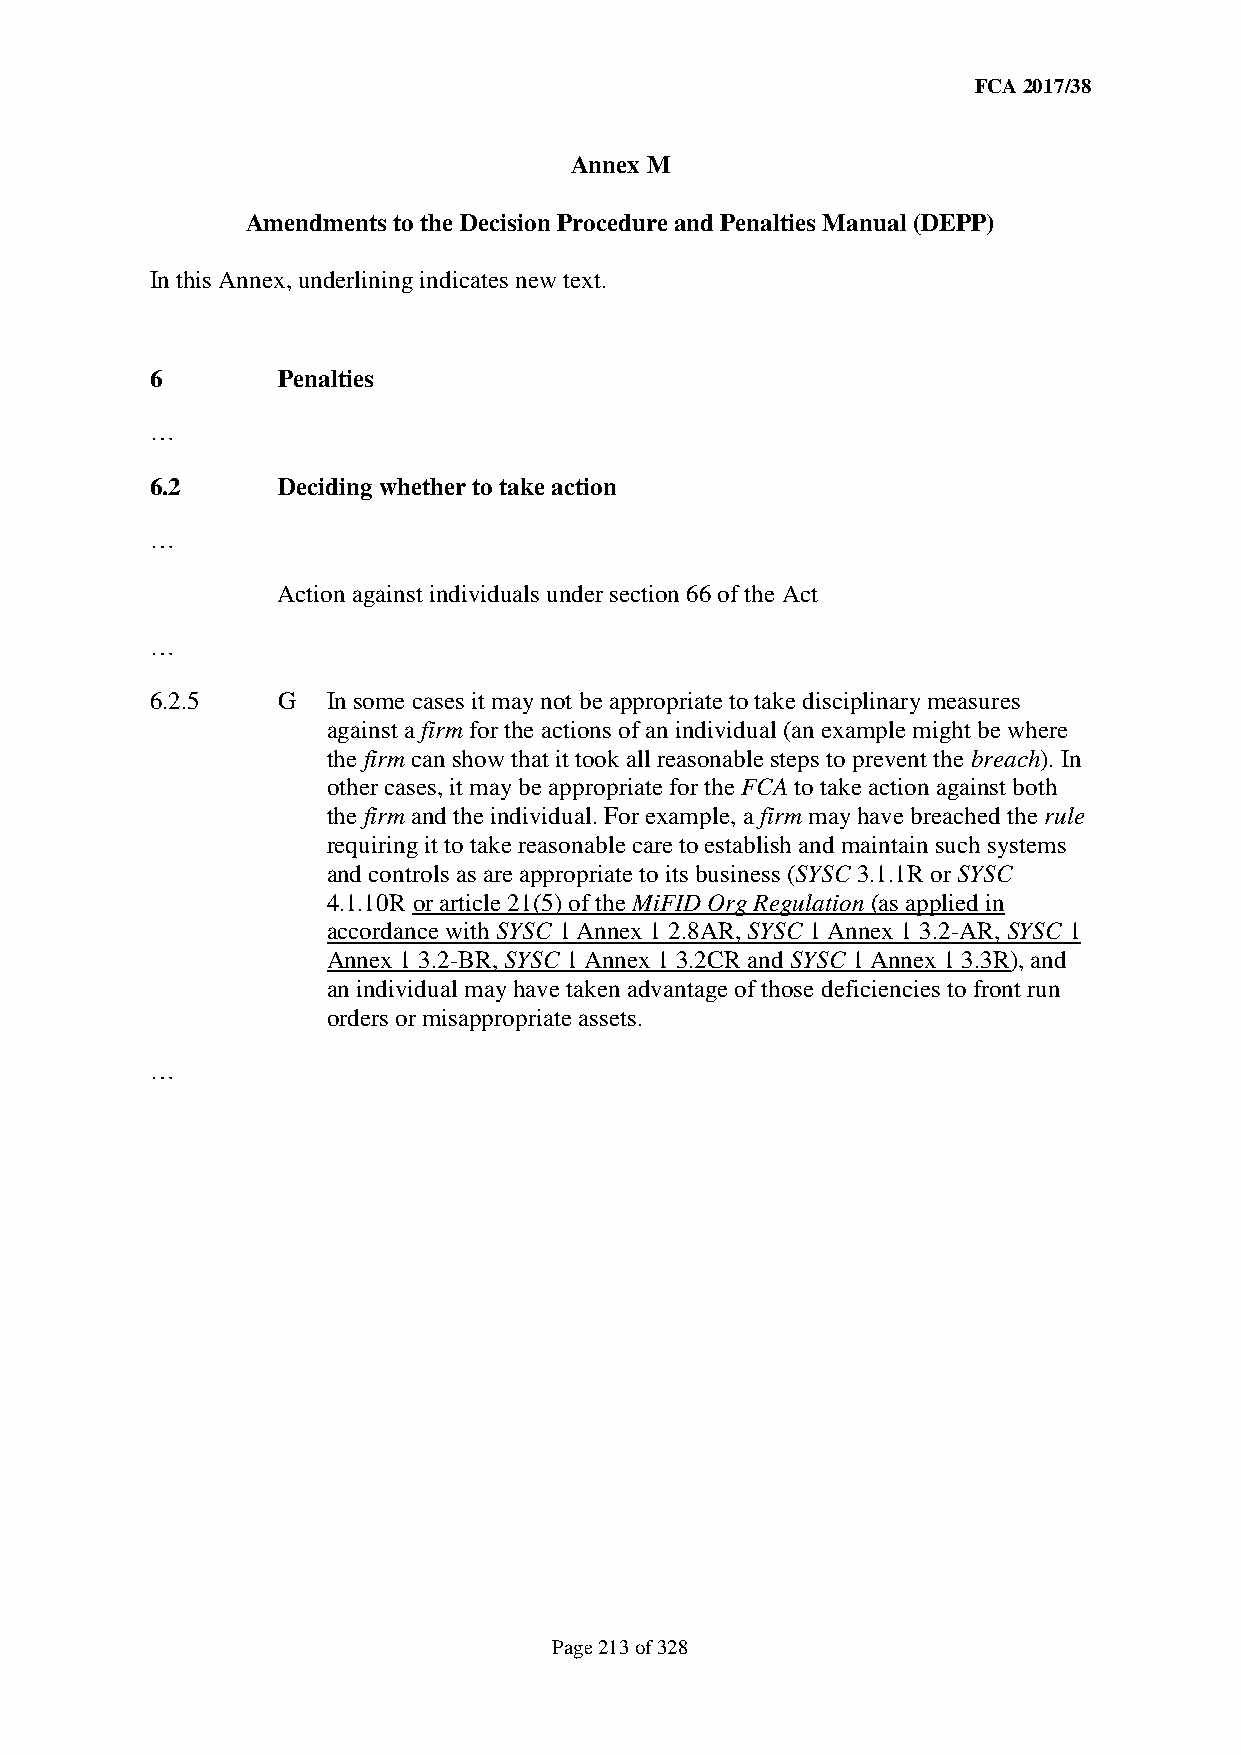
FCA 2017/38
 Annex M
 Amendments to the Decision Procedure and Penalties Manual (DEPP)
 In this Annex, underlining indicates new text.
 6       Penalties
 …
 6.2     Deciding whether to take action
 …
 Action against individuals under section 66 of the Act
 …
 6.2.5   G   In some cases it may not be appropriate to take disciplinary measures
 against a firm for the actions of an individual (an example might be where
 the firm can show that it took all reasonable steps to prevent the breach). In
 other cases, it may be appropriate for the FCA to take action against both
 the firm and the individual. For example, a firm may have breached the rule
 requiring it to take reasonable care to establish and maintain such systems
 and controls as are appropriate to its business (SYSC 3.1.1R or SYSC
 4.1.10R or article 21(5) of the MiFID Org Regulation (as applied in
 accordance with SYSC 1 Annex 1 2.8AR, SYSC 1 Annex 1 3.2-AR, SYSC 1
 Annex 1 3.2-BR, SYSC 1 Annex 1 3.2CR and SYSC 1 Annex 1 3.3R), and
 an individual may have taken advantage of those deficiencies to front run
 orders or misappropriate assets.
 …
 Page 213 of 328